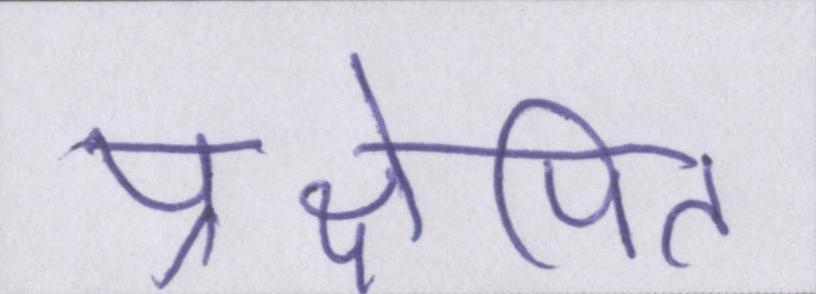
प्रक्षेपित